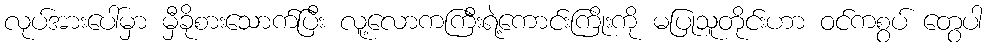
လုပ်အားပေါ်မှာ မှီခိုစားသောက်ပြီး လူ့လောကကြီးရဲ့ကောင်းကြိုးကို မပြုသူတိုင်းဟာ ဝင်ကစွပ် တွေပါ